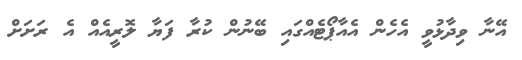
އޭނާ ވިދާޅުވީ އެހެން އެއާޕޯޓެއްގައި ބޭނުން ކުރާ ފަޔާ ލޮރީއެއް އެ ރަށަށް